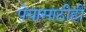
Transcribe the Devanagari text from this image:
पेयासाठीही